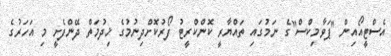
އެސްޓީއޯއިން "ޕަވާމިކްސް"ގެ ނަމުގައި ތައްޔާރީ ކޮންކްރީޓު ފޯރުކޮށްދިނުމުގެ ޚިދުމަތް ދޭންފެށީ މި އަހަރުގެ